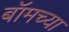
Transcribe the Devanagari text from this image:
बॉमच्या